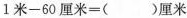
$$1 米 - 6 0 厘 米 = () 厘 米$$